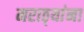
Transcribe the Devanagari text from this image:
मराठ्‍यांना